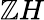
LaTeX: \mathbb{Z}H